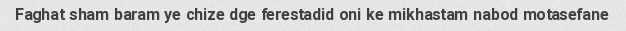
Faghat sham baram ye chize dge ferestadid oni ke mikhastam nabod motasefane